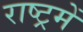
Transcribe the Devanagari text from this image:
राष्ट्रमें